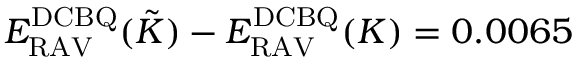
E _ { \mathrm { R A V } } ^ { \mathrm { D C B Q } } ( \tilde { K } ) - E _ { \mathrm { R A V } } ^ { \mathrm { D C B Q } } ( K ) = 0 . 0 0 6 5